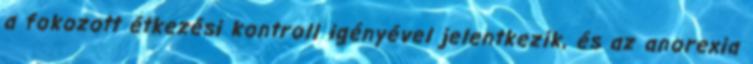
a fokozott étkezési kontroll igényével jelentkezik, és az anorexia